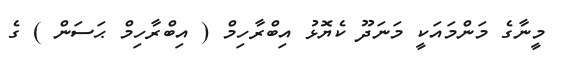
މީނާގެ މަންމައަކީ މަނަދޫ ކެޔޮޅު އިބްރާހިމް ( އިބްރާހިމް ޙަސަން ) ގެ